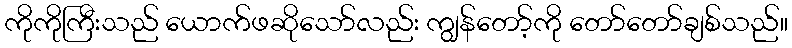
ကိုကိုကြီးသည် ယောက်ဖဆိုသော်လည်း ကျွန်တော့်ကို တော်တော်ချစ်သည်။